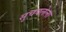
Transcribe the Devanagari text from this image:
सुचवलेला